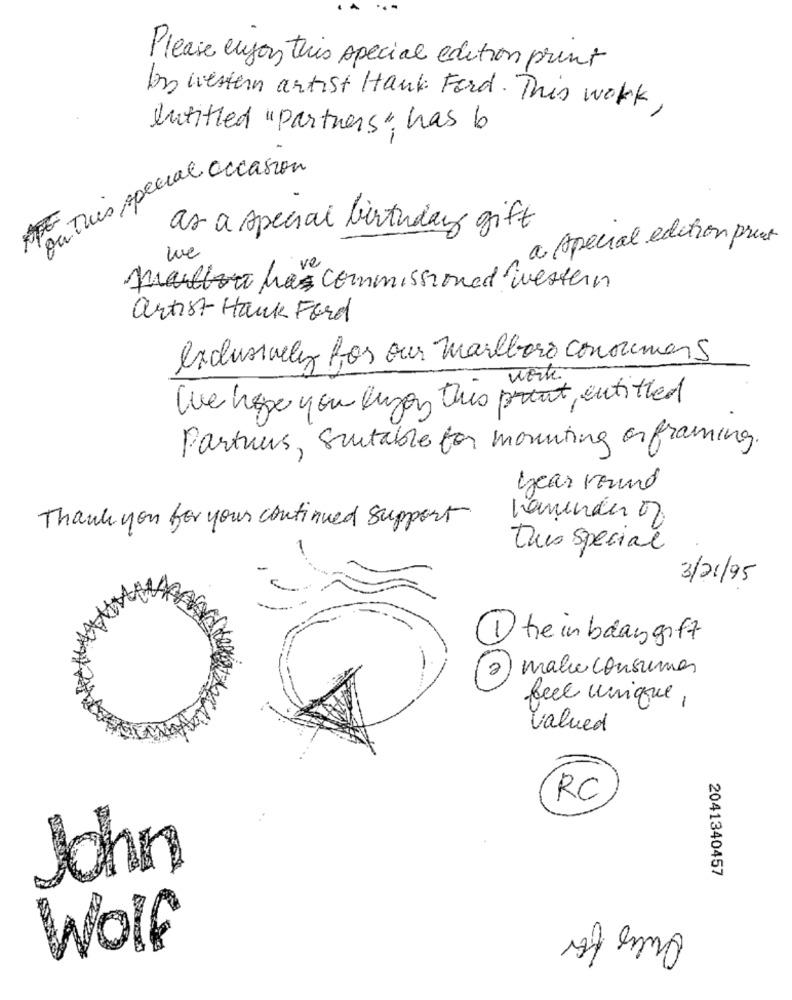
Please enjoy this special edition print
In western artist Hank Ford. This work,
entitled "partners" has b
ou This special occasion
as a special birthday gift
a special edition print
we
mailbort has commissioned western
artist Hack Ford
exclusively for our marlboro consumers
work
We hope you lyon this point, entitled
Partuus, Suitable for mounting or framing.
year round
Thank you for your continued support
reminder 0
this special
3/21/95
1tein baangift
male consumer
feel unique,
Valued
RC
John
2041340457
Ques for
Wolf